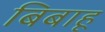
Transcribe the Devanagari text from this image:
बिबाहू